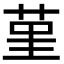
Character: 𦰌